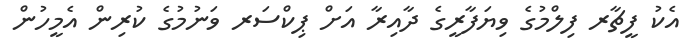
އެކު ފީޗާރ ފިލްމުގެ ވިޔަފާރީގެ ދާއިިރާ އަށް ޕިކްސަރ ވަނުމުގެ ކުރިން އެމީހުން